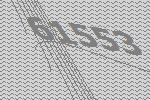
61553